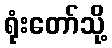
ရုံးတော်သို့